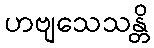
ဟဗျသေသန္တိ